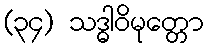
(၃၄) သဒ္ဓါဝိမုတ္တော